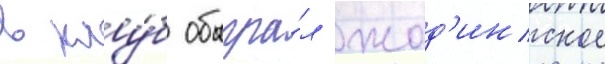
в клу́б обыгра́л жод'инское